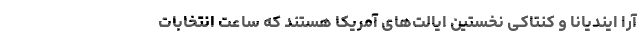
آرا ایندیانا و کنتاکی نخستین ایالت‌های آمریکا هستند که ساعت انتخابات